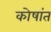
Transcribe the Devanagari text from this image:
कोषांत